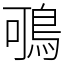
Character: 𪀉